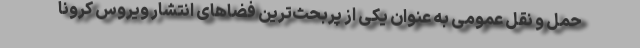
حمل و نقل عمومی به عنوان یکی از پربحث‌ترین فضاهای انتشار ویروس کرونا